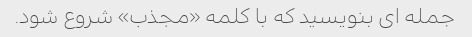
جمله ای بنویسید که با کلمه «مجذب» شروع شود.